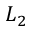
L _ { 2 }